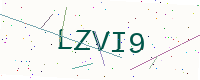
Text: LZVI9